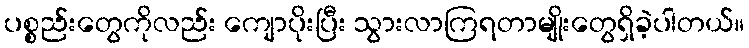
ပစ္စည်းတွေကိုလည်း ကျောပိုးပြီး သွားလာကြရတာမျိုးတွေရှိခဲ့ပါတယ်။